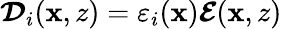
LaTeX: \boldsymbol{\mathcal{D}}_{i}(\mathbf{x},z)=\varepsilon_{i}(\mathbf{x})\boldsymbol{\mathcal{E}}(\mathbf{x},z)